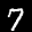
Label: 7